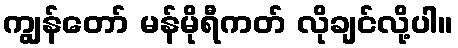
ကျွန်တော် မန်မိုရီကတ် လိုချင်လို့ပါ။